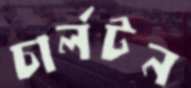
চার্লটন